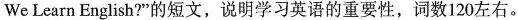
We Learn English?”的短文，说明学习英语的重要性，词数120左右。